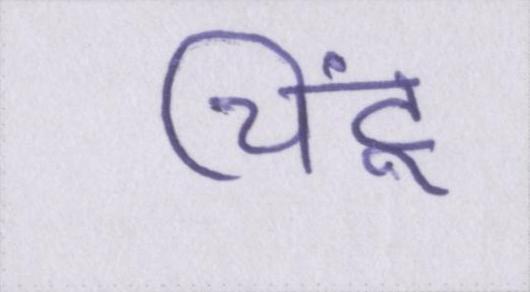
चिंटू